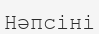
Нәпсіні